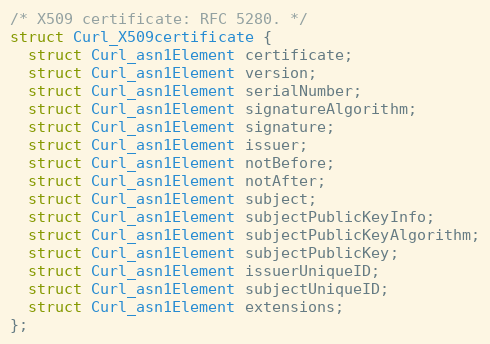
Language: C
/* X509 certificate: RFC 5280. */
struct Curl_X509certificate {
  struct Curl_asn1Element certificate;
  struct Curl_asn1Element version;
  struct Curl_asn1Element serialNumber;
  struct Curl_asn1Element signatureAlgorithm;
  struct Curl_asn1Element signature;
  struct Curl_asn1Element issuer;
  struct Curl_asn1Element notBefore;
  struct Curl_asn1Element notAfter;
  struct Curl_asn1Element subject;
  struct Curl_asn1Element subjectPublicKeyInfo;
  struct Curl_asn1Element subjectPublicKeyAlgorithm;
  struct Curl_asn1Element subjectPublicKey;
  struct Curl_asn1Element issuerUniqueID;
  struct Curl_asn1Element subjectUniqueID;
  struct Curl_asn1Element extensions;
};